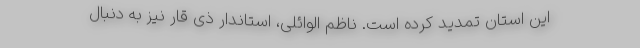
این استان تمدید کرده است. ناظم الوائلی، استاندار ذی قار نیز به دنبال